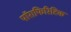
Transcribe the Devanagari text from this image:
पॉराफिरिटिक